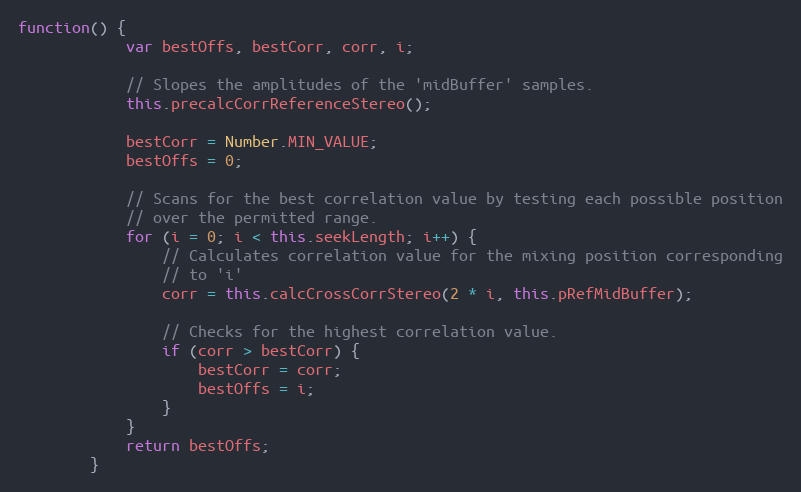
Language: JavaScript
function() {
            var bestOffs, bestCorr, corr, i;

            // Slopes the amplitudes of the 'midBuffer' samples.
            this.precalcCorrReferenceStereo();

            bestCorr = Number.MIN_VALUE;
            bestOffs = 0;

            // Scans for the best correlation value by testing each possible position
            // over the permitted range.
            for (i = 0; i < this.seekLength; i++) {
                // Calculates correlation value for the mixing position corresponding
                // to 'i'
                corr = this.calcCrossCorrStereo(2 * i, this.pRefMidBuffer);

                // Checks for the highest correlation value.
                if (corr > bestCorr) {
                    bestCorr = corr;
                    bestOffs = i;
                }
            }
            return bestOffs;
        }